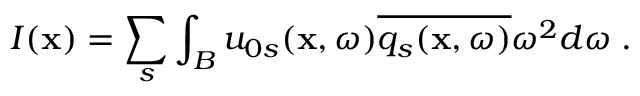
I ( \mathbf { x } ) = \sum _ { s } \int _ { B } u _ { 0 s } ( \mathbf { x } , \omega ) \overline { { q _ { s } ( \mathbf { x } , \omega ) } } \omega ^ { 2 } d \omega \; .